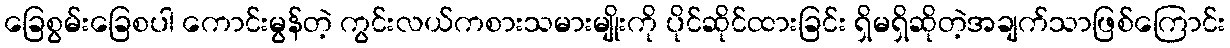
ခြေစွမ်းခြေစပါ ကောင်းမွန်တဲ့ ကွင်းလယ်ကစားသမားမျိုးကို ပိုင်ဆိုင်ထားခြင်း ရှိမရှိဆိုတဲ့အချက်သာဖြစ်ကြောင်း